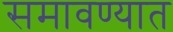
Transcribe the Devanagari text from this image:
समावण्यात